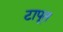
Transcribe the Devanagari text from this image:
टापूत